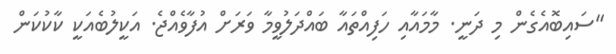
"ސައިބޮއެގެން މި ދަނީ. މާމައާއި ހަފިއްތައާ ބައްދަލުވީމާ ވަރަށް އުފާވެއްޖެ. އަކީލުބެއަކީ ކާކުކަން